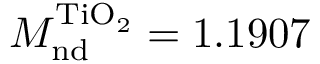
M _ { \mathrm { n d } } ^ { \mathrm { T i O _ { 2 } } } = 1 . 1 9 0 7 \, \